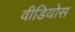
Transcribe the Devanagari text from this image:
वीडियोस